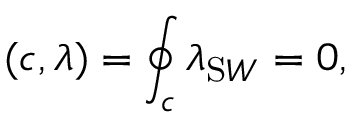
( c , \lambda ) = \oint _ { c } \lambda _ { \mathrm S W } = 0 ,